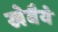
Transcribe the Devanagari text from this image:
खेवैये